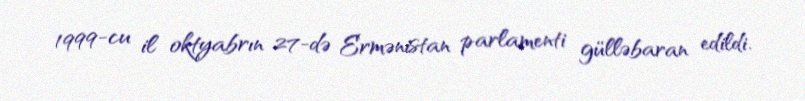
1999-cu il oktyabrın 27-də Ermənistan parlamenti gülləbaran edildi.